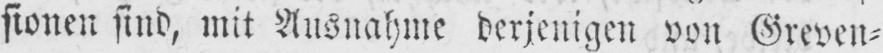
sionen sind, mit Ausnahme derjenigen von Greven⸗